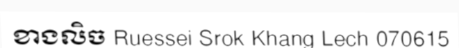
ខាងលិច Ruessei Srok Khang Lech 070615